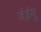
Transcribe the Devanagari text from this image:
जेईयू